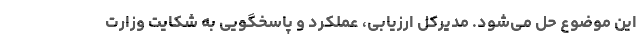
این موضوع حل می‌شود. مدیرکل ارزیابی، عملکرد و پاسخگویی به شکایت وزارت